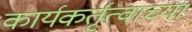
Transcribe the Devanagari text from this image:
कार्यकर्तृत्वाच्या